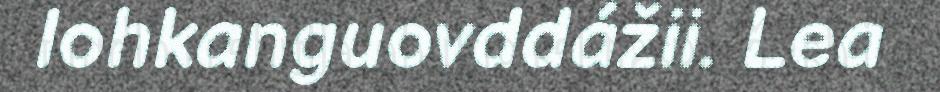
lohkanguovddážii. Lea